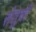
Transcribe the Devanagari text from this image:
सेतूची